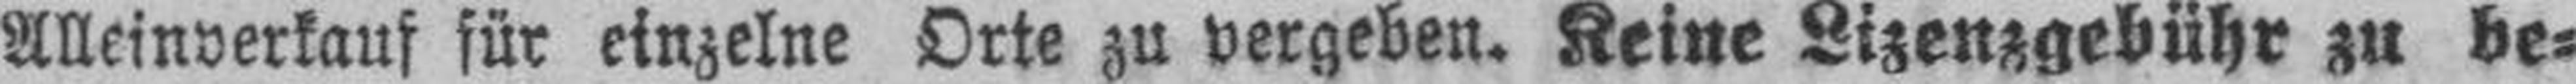
Alleinverkauf für einzelne Orte zu vergeben. Keine Lizenzgebühr zu be¬